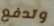
وتدفع